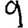
Digit: 9